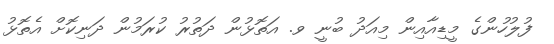
ފުލުހުންގެ މީޑިއާއިން މިއަދު ބުނީ ވ. އަތޮޅުން ދަތުރު ކުރަމުން ދަނިކޮށް އެތޮޅު